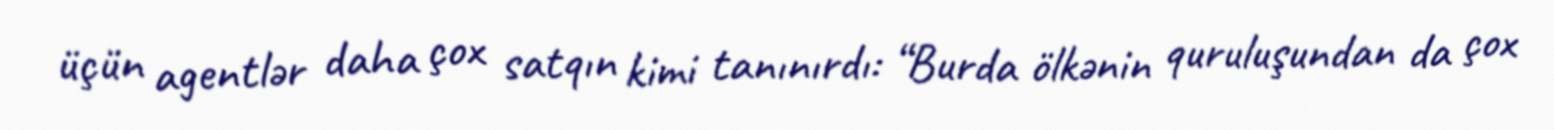
üçün agentlər daha çox satqın kimi tanınırdı: “Burda ölkənin quruluşundan da çox